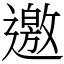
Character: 邀